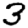
Digit: 3